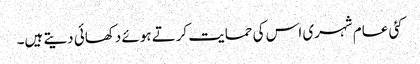
کئی عام شہری اس کی حمایت کرتے ہوئے دکھائی دیتے ہیں۔